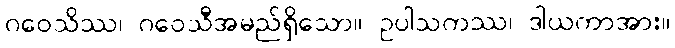
ဂဝေသိဿ၊ ဂဝေသီအမည်ရှိသော။ ဥပါသကဿ၊ ဒါယကာအား။